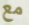
مع